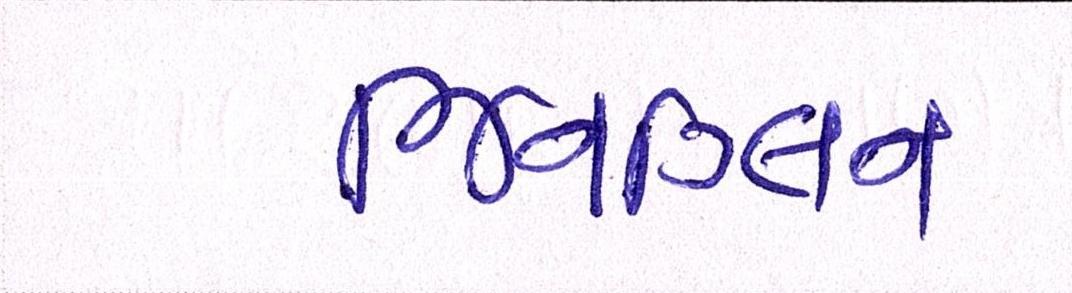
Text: જિનગ્લિન